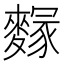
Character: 䴿